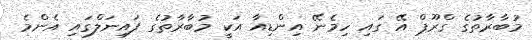
މުބާރާތުގެ ގްރޫޕް އޭ ގައި ހިމެނޭ އިންޑިއާ އަކީ މުބާރާތުގެ ފައިނަލްގައި އެންމެ